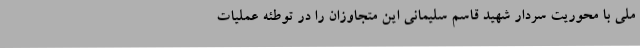
ملی با محوریت سردار شهید قاسم سلیمانی این متجاوزان را در توطئه عملیات